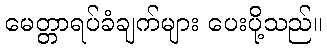
မေတ္တာရပ်ခံချက်များ ပေးပို့သည်။